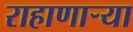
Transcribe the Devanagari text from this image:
राहाणाऱ्या